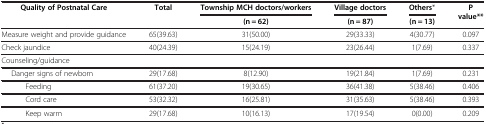
| Quality of Postnatal Care | Total | Township MCH doctors/workers | Village doctors | Others* | P value** |
 |  |  | (n = 62) | (n = 87) | (n = 13) |  |
 | --- | --- | --- | --- | --- | --- |
 | Measure weight and provide guidance | 65(39.63) | 31(50.00) | 29(33.33) | 4(30.77) | 0.097 |
 | Check jaundice | 40(24.39) | 15(24.19) | 23(26.44) | 1(7.69) | 0.337 |
 | Counseling/guidance |  |  |  |  |  |
 | Danger signs of newborn | 29(17.68) | 8(12.90) | 19(21.84) | 1(7.69) | 0.231 |
 | Feeding | 61(37.20) | 19(30.65) | 36(41.38) | 5(38.46) | 0.406 |
 | Cord care | 53(32.32) | 16(25.81) | 31(35.63) | 5(38.46) | 0.393 |
 | Keep warm | 29(17.68) | 10(16.13) | 17(19.54) | 0(0.00) | 0.209 |